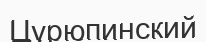
Цурюпинский